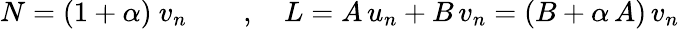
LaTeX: N=(1+\alpha)\ v_{n}\qquad,\quad L=A\, u_{n}+B\, v_{n}=(B+\alpha\, A)\, v_{n}